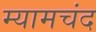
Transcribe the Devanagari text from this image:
म्यामचंद